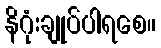
နိဂုံးချုပ်ပါရစေ။